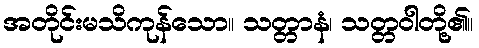
အတိုင်းမသိကုန်သော။ သတ္တာနံ၊ သတ္တဝါတို့၏။